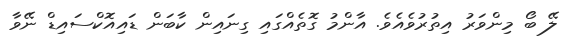
ލޭ ބޯ މިންވަރު އިތުރުވެއެވެ. އާންމު ގޮތެއްގައި ގިނައިން ކާބަން ޑައިއޮކްސައިޑް ނޭވާ